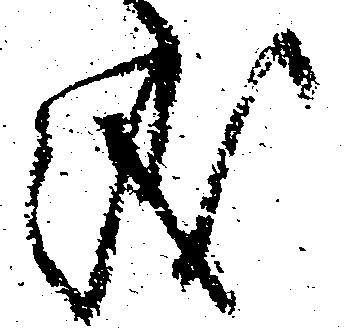
儀